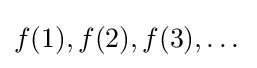
f(1),f(2),f(3),\dots